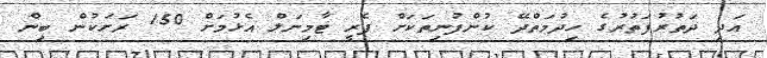
އަދި ދަތުރުފަތުރުގެ ހިދުމަތްދޭ ކުންފުނިތަކަށް ފެރީ ޓާމިނަލް އެޅުމަށް 150 ރަށަކުން ބިން